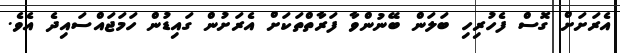
އެރަށަށް ގޮސް ފެހުރިހި ބަލަން ބޭނުންވާ ފަރާތްތަކަށް އެރަށުން ގައިޑުން ހަމަޖައްސައިދެ އެވެ.